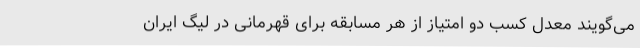
می‌گویند معدل کسب دو امتیاز از هر مسابقه برای قهرمانی در لیگ ایران